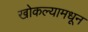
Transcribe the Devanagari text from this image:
खोकल्यामधून